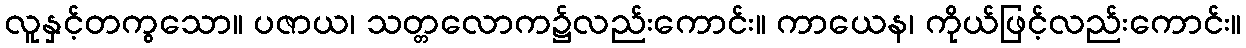
လူနှင့်တကွသော။ ပဇာယ၊ သတ္တလောက၌လည်းကောင်း။ ကာယေန၊ ကိုယ်ဖြင့်လည်းကောင်း။